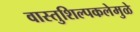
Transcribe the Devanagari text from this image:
वास्तुशिल्पकलेमुळे